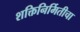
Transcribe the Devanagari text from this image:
शक्तिनिर्मितीचा